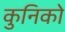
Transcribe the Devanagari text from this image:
कुनिको